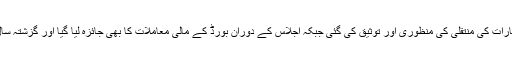
اجلاس میں ایم ڈی کی تقرری اور چیئر مین کے اختیارات کی منتقلی کی منظوری اور توثیق کی گئی جبکہ اجلاس کے دوران بورڈ کے مالی معاملات کا بھی جائزہ لیا گیا اور گزشتہ سال کے آڈٹ کے لیے آڈیٹر کی بھی منظوری دی گئی۔